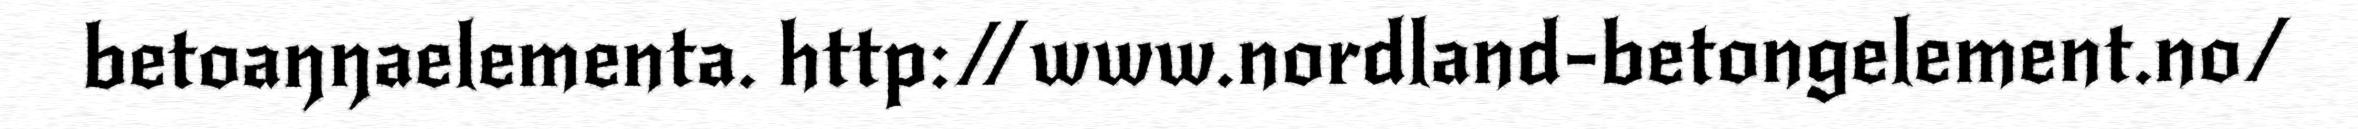
betoaŋŋaelementa. http://www.nordland-betongelement.no/